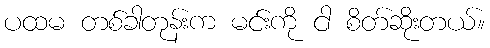
ပထမ တစ်ခါတုန်းက မင်းကို ငါ စိတ်ဆိုးတယ်။